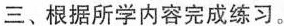
三、根据所学内容完成练习。